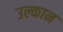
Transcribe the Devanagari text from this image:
उल्कान